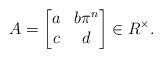
LaTeX: \begin{align*} A = \begin{bmatrix} a & b\pi^n \\ c & d \end{bmatrix} \in R^\times. \end{align*}